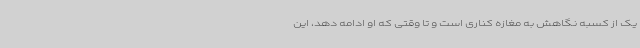
یک از کسبه نگاهش به مغازه کناری است و تا وقتی که او ادامه دهد، این